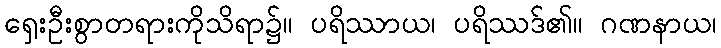
ရှေးဦးစွာတရားကိုသိရာ၌။ ပရိဿာယ၊ ပရိဿဒ်၏။ ဂဏနာယ၊